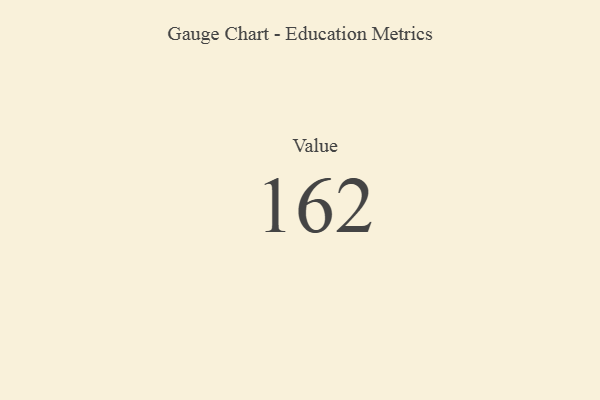
{"axis": {"x": "Metric", "y": "Value"}, "legend": [""], "data": [{"x": "Value", "y": 162, "type": ""}]}